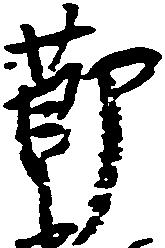
節